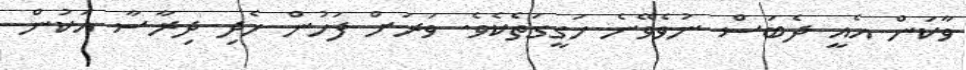
ވާކަން އެއީ ދެބަސް ނުވެވޭނެ ހަގީގަތެކެވެ. ވަރަށް ފަހުން ހެދި ދިރާސާ އަކުން